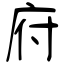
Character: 府